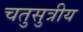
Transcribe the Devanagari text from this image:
चतुसुत्रीय